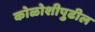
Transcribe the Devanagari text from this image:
कोळोशीपुढील